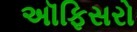
અૉફિસરો